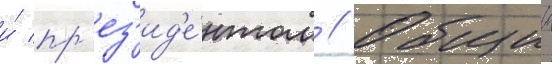
и́ пр'ез'ид'е́нтом // Общии